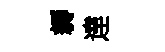
耨達